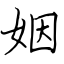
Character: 姻